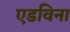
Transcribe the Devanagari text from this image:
एडविना